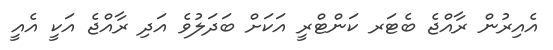
އެއިރުން ރާއްޖެ ބެޓަރ ކަންޓްރީ އަކަށް ބަދަލުވެ އަދި ރާއްޖެ އަކީ އެއީ